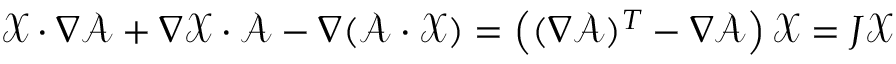
\mathcal { X } \cdot \nabla \mathcal { A } + \nabla \mathcal { X } \cdot \mathcal { A } - \nabla ( \mathcal { A } \cdot \mathcal { X } ) = \left( ( \nabla \mathcal { A } ) ^ { T } - \nabla \mathcal { A } \right) \mathcal { X } = J \mathcal { X }